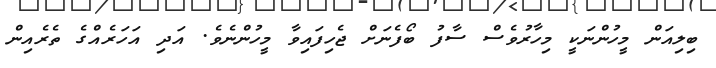
ބިލިއަން މީހުންނަކީ މިހާރުވެސް ސާފު ބޯފެނަށް ޖެހިފައިވާ މީހުންނެވެ. އަދި އަހަރެއްގެ ތެރެއިން